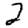
Digit: 2